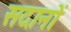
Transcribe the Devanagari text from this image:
सदानों